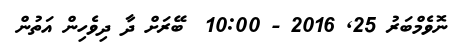
ނޮވެމްބަރު 25